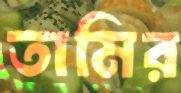
তামির